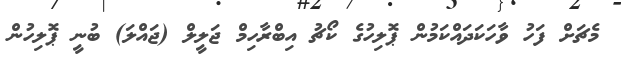
މެޗަށް ފަހު ވާހަކަދައްކަމުން ޕޮލިހުގެ ކޯޗު އިބްރާހިމް ޖަލީލް (ޖައްލަ) ބުނީ ޕޮލިހުން